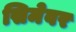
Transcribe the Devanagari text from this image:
सिमेवर